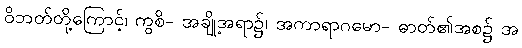
ဝိဘတ်တို့ကြောင့်၊ ကွစိ- အချို့အရာ၌၊ အကာရာဂမော- ဓာတ်၏အစ၌ အ